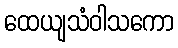
ထေယျသံဝါသကော